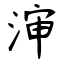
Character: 渖